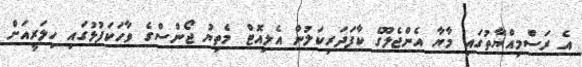
އެ ރަސްމިއްޔާތުގައި މާޔާ އެންޖެލޫގެ ކާފަދަރިކަލުން އެލިއޮޓް މެތިޔު ޖޯންސްގެ ވާހަކަފުޅުގައި ހިލަރީއަށް